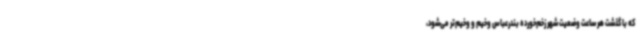
که با گذشت هر ساعت وضعیت شهر زخم‌خورده بندرعباس وخیم و وخیم‌تر می‌شود،